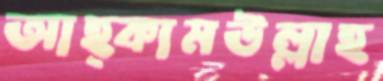
আহ্কামউল্লাহ